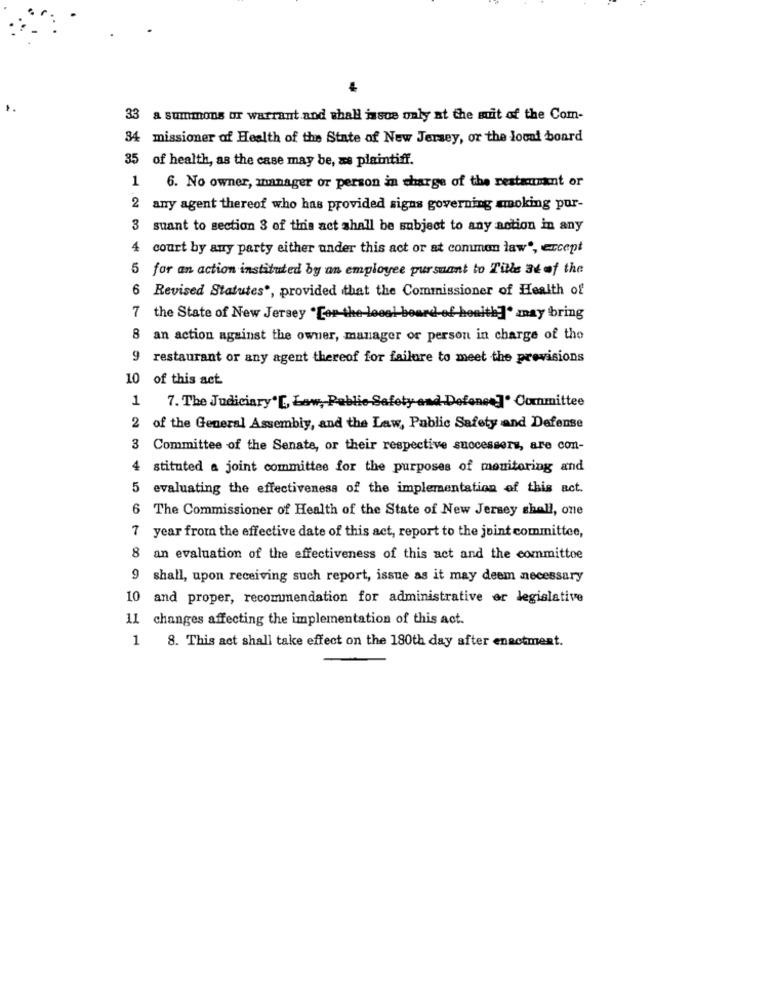
33 a summons or warrant and shall issoe only at the mit of the Com-
34 missioner of Health of the State of New Jersey, or the loont board
35
of health, as the case may be, as plaintiff.
1
6. No owner, manager or person in charge of the restaurant or
2
any agent thereof who has provided signs governing smoking por-
3
suant to section 3 of this act shall be subject to any action in any
4
court by any party either under this act or at common law", except
5
for an action instituted by an employee pursuant to Tille 36 of the
6
Revised Statutes', provided that the Commissioner of Health of
7 the State of New Jersey "[or-the local board of health]" may bring
8 an action against the owner, manager or person in charge of the
9 restaurant or any agent thereof for failure to meet the provisions
10 of this act
1
7. The Judiciary"[, Low, Public Safety and Defone.]" Committee
2
of the General Assembly, and the Law, Public Safety and Defense
3
Committee of the Senate, or their respective successors, are con-
4
stituted a joint committee for the purposes of monitoring and
5
evaluating the effectiveness of the implementation of this act.
6 The Commissioner of Health of the State of New Jersey shall, one
7 year from the effective date of this act, report to the joint committee,
8 an evaluation of the effectiveness of this act and the committoe
9 shall, upon receiving such report, issue as it may deem necessary
10 and proper, recommendation for administrative er legislative
11 changes affecting the implementation of this act.
1
8. This act shall take effect on the 180th day after enactment.